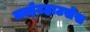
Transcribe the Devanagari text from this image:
लाईटहाउसेस